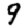
Digit: 9